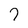
Character: 7